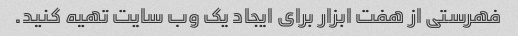
فهرستی از هفت ابزار برای ایجاد یک وب سایت تهیه کنید.